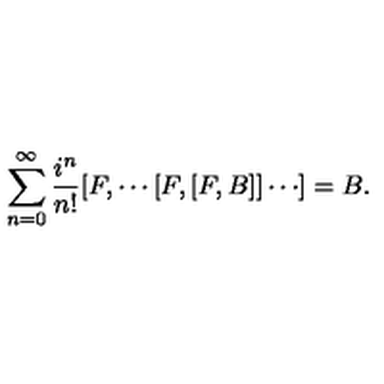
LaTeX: \sum _ { n = 0 } ^ { \infty } \frac { i ^ { n } } { n ! } [ F , \cdots [ F , [ F , B ] ] \cdots ] = B .